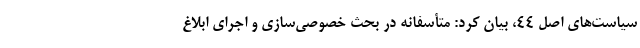
سیاست‌های اصل ۴۴، بیان کرد: متأسفانه در بحث خصوصی‌سازی و اجرای ابلاغ